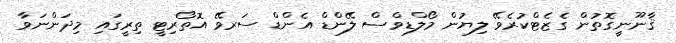
ޤާނޫނީގޮތުން ގެޒެޓްކުރެވޭ ލިޔުން މޯލްޑިވްސް ލޭންޑް އެންޑް ސަރވޭ އޮތޯރިޓީ ތިރީގައި މިދަންނަވާ